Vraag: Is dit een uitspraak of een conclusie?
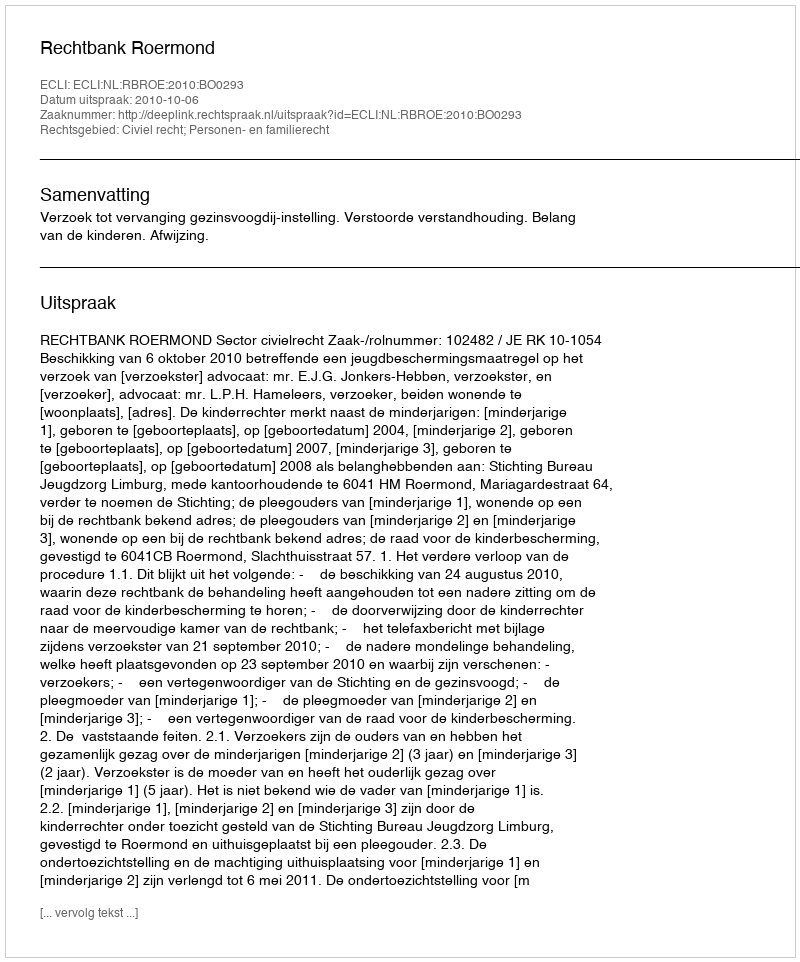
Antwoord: Uitspraak